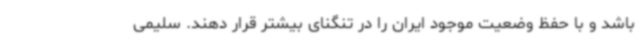
باشد و با حفظ وضعیت موجود ایران را در تنگنای بیشتر قرار دهند. سلیمی